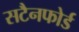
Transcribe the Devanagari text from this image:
सटैनफोर्ड